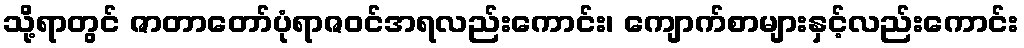
သို့ရာတွင် ဇာတာတော်ပုံရာဇဝင်အရလည်းကောင်း၊ ကျောက်စာများနှင့်လည်းကောင်း